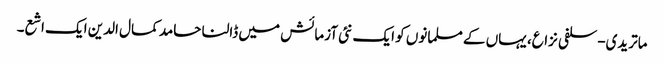
ماتریدی-سلفی نزاع، یہاں کے مسلمانوں کو ایک نئی آزمائش میں ڈالنا حامد کمال الدین ایک اشع۔